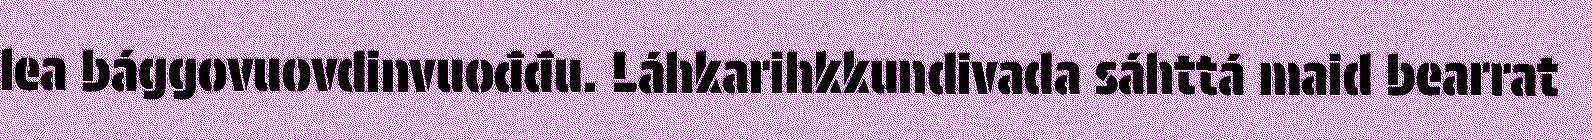
lea bággovuovdinvuođđu. Láhkarihkkundivada sáhttá maid bearrat